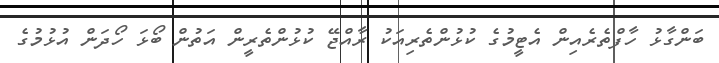
ބަންގާޅު ހާފްތެރެއިން އެޓީމުގެ ކުޅުންތެރިއަކު ރާއްޖޭ ކުޅުންތެރީން އަތުން ބޯޅަ ހޯދަން އުޅުމުގެ